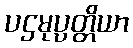
ပဌမုပ္ပတ္တိယာ